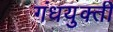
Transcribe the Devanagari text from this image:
गंधयुक्ती